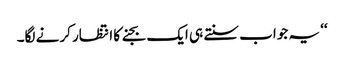
‘‘ یہ جواب سنتے ہی ایک بجنے کا انتظار کرنے لگا۔